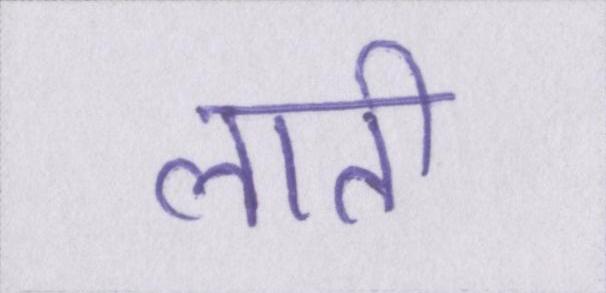
लाती